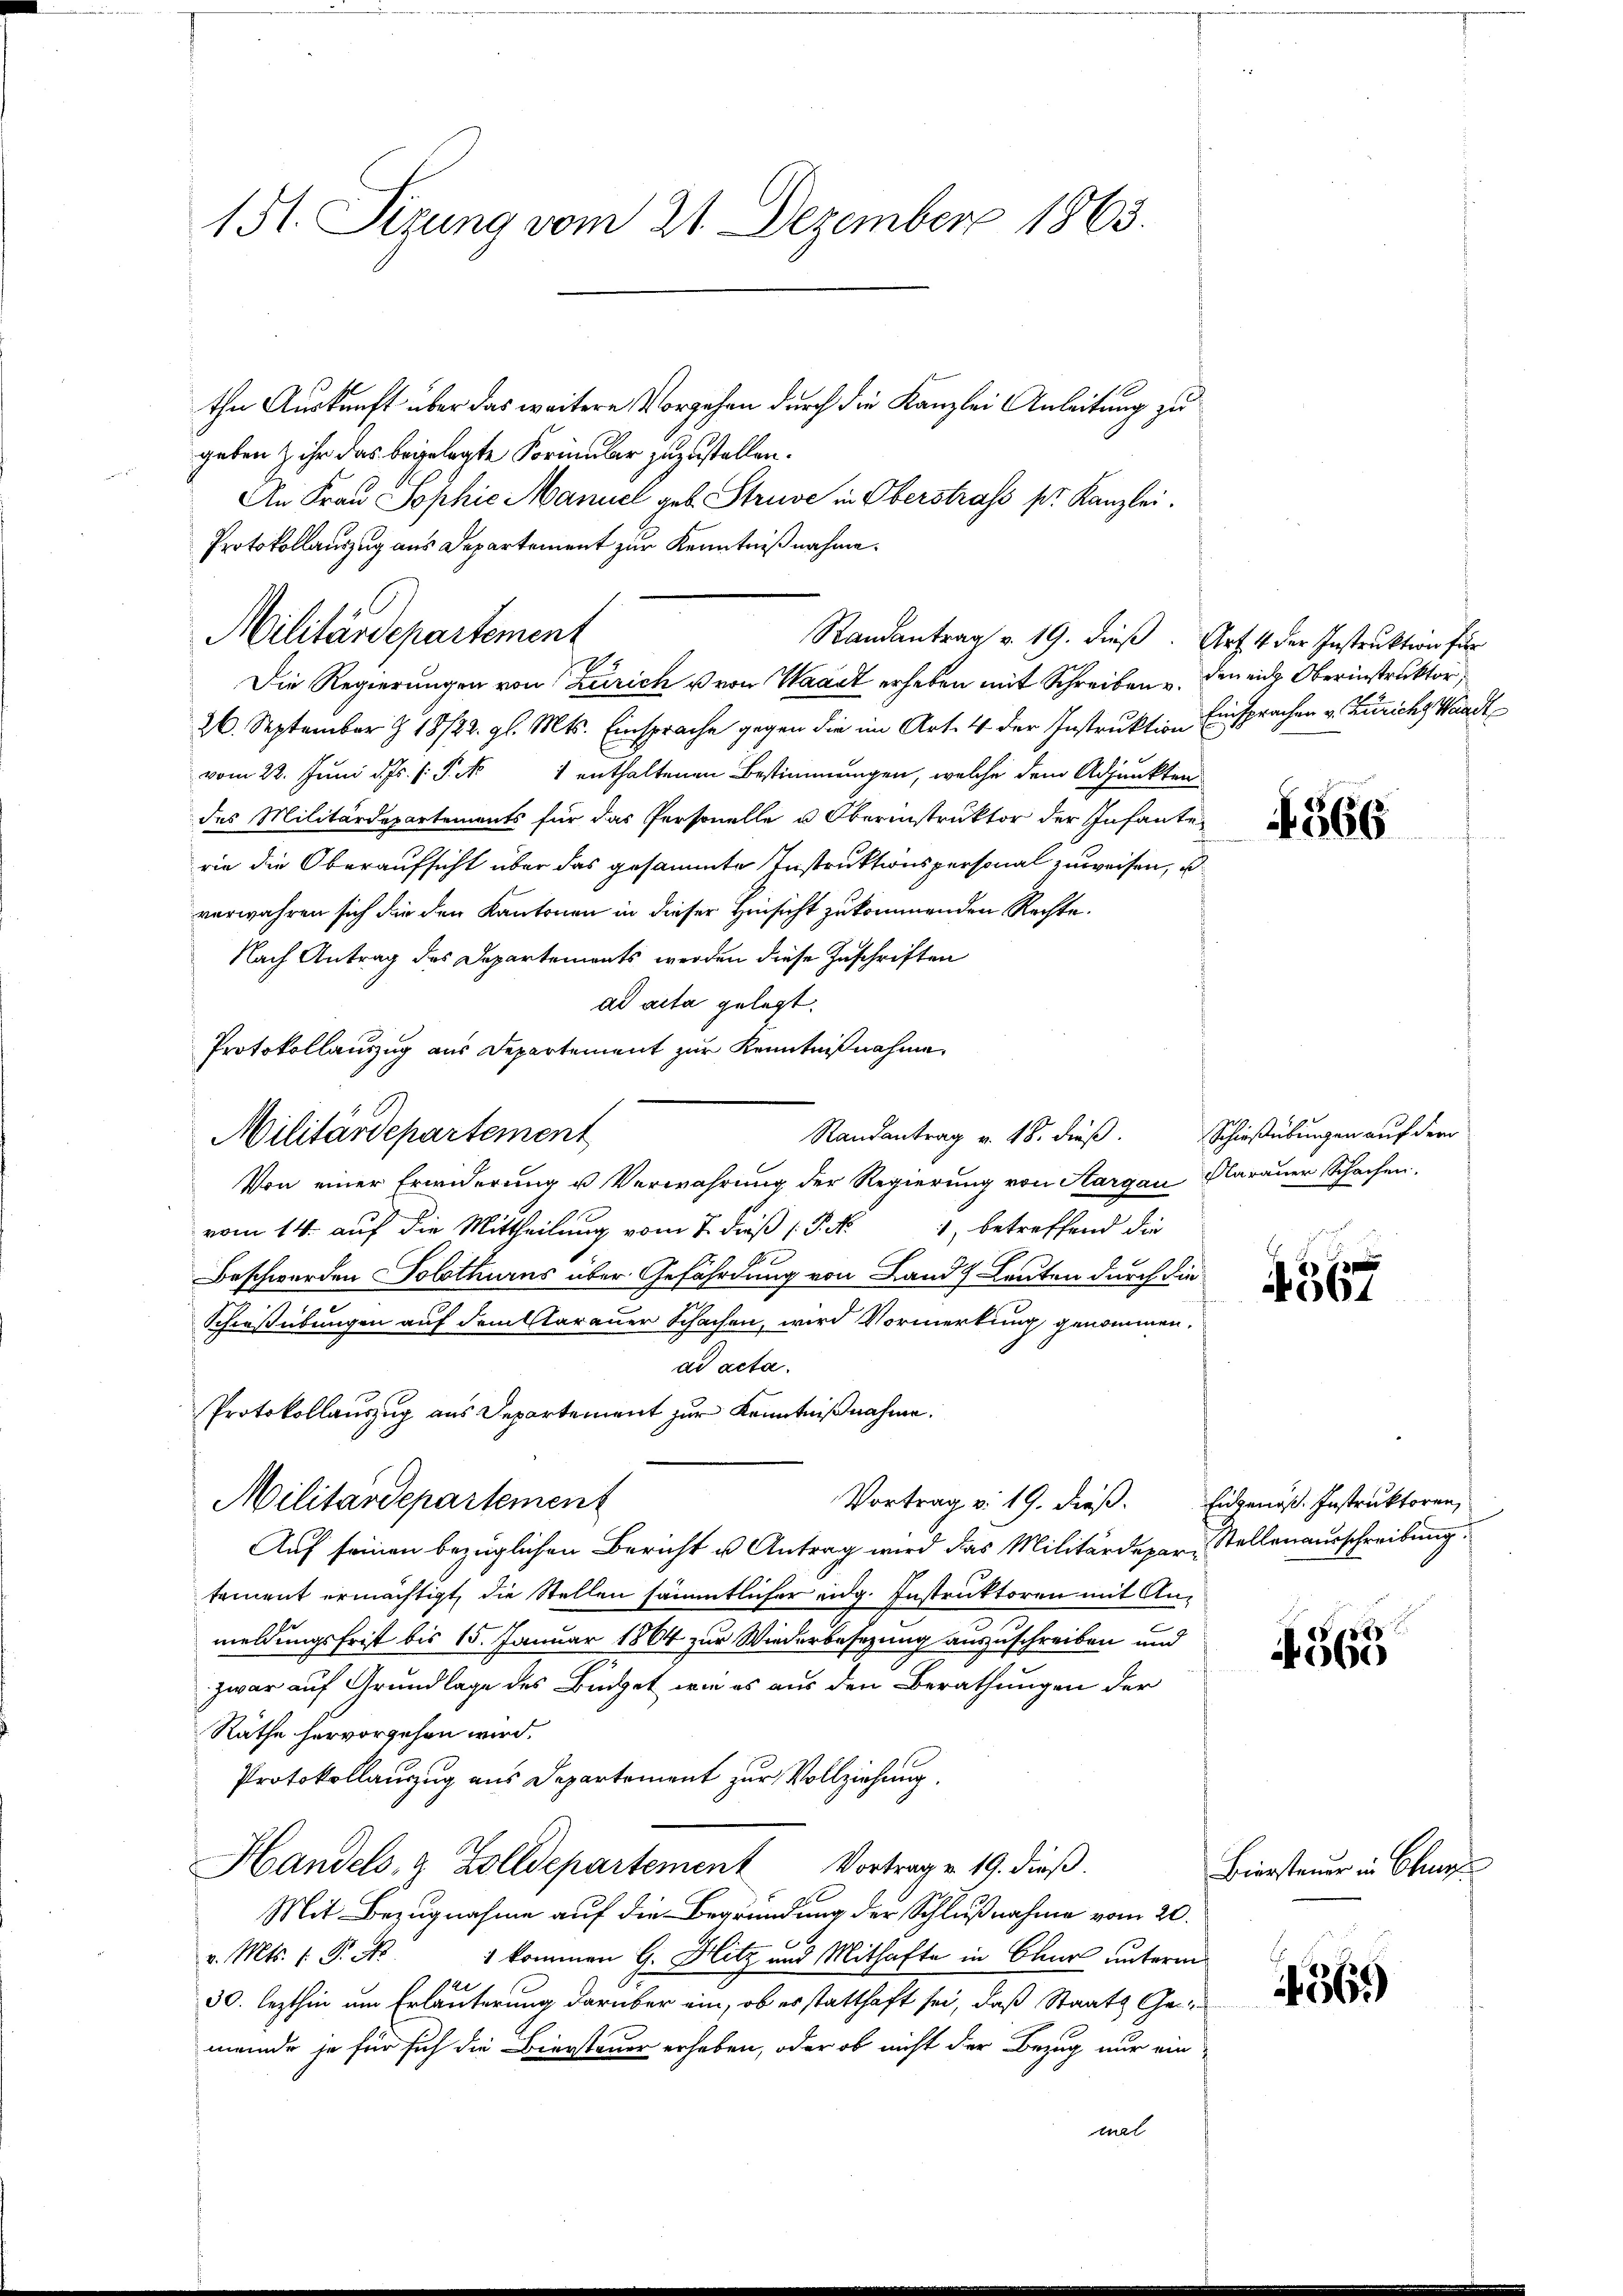
151. Sizung vom 21. Dezember 1863.

the Auskunft über das weitere Vorgehen durch die Kanzlei Anleitung zu
geben & ihr das begelegte Formular zuzustellen.
An Frau Sophie Manuel geb. Struve in Oberstrafs pr. Kanzlei.
Protokollauszug aus Departement zur Kenntnißnahme.
Die Regierungen von Zürich u von Waadt erheben mit Schreiben u. den ein Oberinstruktor,
26. September Z 18/22. gl. Mts. Einsprache gegen die im Art. 4 der Instruktion Einsprachen v. Zürich Waadt
vom 22. Juni d. Js. s. S. N 1 enthaltenen Bestimmungen, welche dem Adjunkten
des Militärdepartements für das Personelle u. Oberinstruktor der Infante
rie die Oberaufsicht über das gesammte Instruktionspersonal zuweisen, u
verwahren sich die den Kantonen in dieser Hinsicht zukommenden Rechte.
Nach Antrag des Departements werden diese Zuschriften
ad acta gelegt.
Protokollauszug aus Departement zur Kenntnißnahme
Militärdepartement
Von einer Erwiderung u Verwahrung der Regierung von Aargau, Aarauer Schachen,
vom 14. auf die Mittheilung vom 7. dieß (P. N. 1, betreffend die
Beschwerden Solothurns über Gefährdung von Land Leuten durch die
Schießübungen auf dem Aarauer Schachen, wird Vormerkung genommen.
ad acta.
Protokollauszug aus Departement zur Kenntnißnahme.
Militärdepartement
Vortrag v. 19. dieß. Eidgenöß. Instruktoren,
Auf seinen bezüglichen Bericht u Antrag wird das Militärdepar- Stellenausschreibung
tement ermächtigt, die Stellen sämmtlicher eidg. Instruktoren mit Anmeldungsfrist bis 15. Januar 1864 zur Wiederbesezung auszuschreiben und
zwar auf Grundlage des Büdget wie es aus den Berathungen der
Räthe hervorgehen wird.
Protokollauszug aus Departement zur Vollziehung.
Handels- & Zolldepartement Vortrag v. 19. dieß.
Mit Bezugnahme auf die Begründung der Schlußnahme vom 20.
v. Mts. 1. P. Nr. 1 kommen G. Hitz und Mithafte in Chur unterm
30. lezthin um Erläuterung darüber ein, ob es statthaft sei, daß Staats Gemeinde je für sich die Biersteuer erheben, oder ob nicht der Bezug nur ein-
mal

Militärdepartement

Randantrag v. 19. dieβ. Art. 4 der Instruktion für

Randantrag v. 18. dieß. Schießübungen auf der

566

4367

4560

Biersteuer in Chur

561)